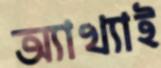
অ্যাখ্যাই